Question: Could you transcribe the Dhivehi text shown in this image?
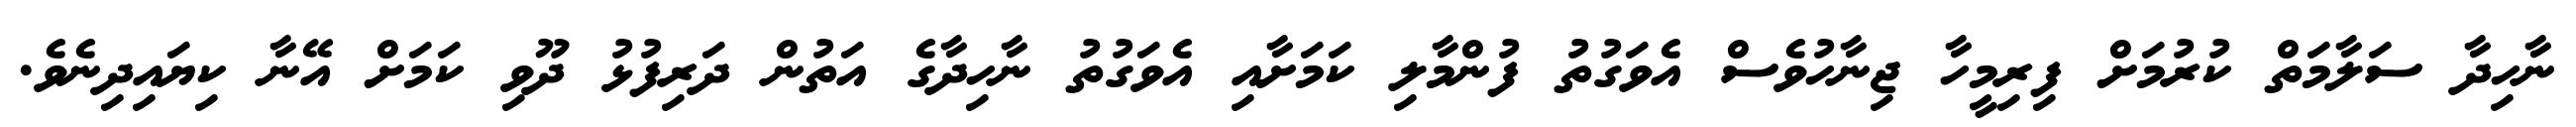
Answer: ނާހިދާ ސަލާމަތް ކުރުމަށް ފިރިމީހާ ޖިނާހުވެސް އެވަގުތު ފުންމާލި ކަމަށާއި އެވަގުތު ނާހިދާގެ އަތުން ދަރިފުޅު ދޫވި ކަމަށް އޭނާ ކިޔައިދިނެވެ.